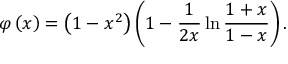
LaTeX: \varphi \left( x \right) = \left( 1 - x ^ { 2 } \right) \left( 1 - \frac { 1 } { 2 x } \ln \frac { 1 + x } { 1 - x } \right) .